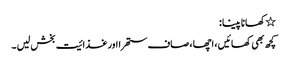
٭کھانا پینا :
کچھ بھی کھائیں ، اچھا ، صاف ستھرا اور غذائیت بخش لیں ۔